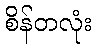
စိန်တလုံး